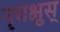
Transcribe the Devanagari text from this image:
नृचक्षुस्